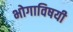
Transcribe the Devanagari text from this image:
भोगाविषयी